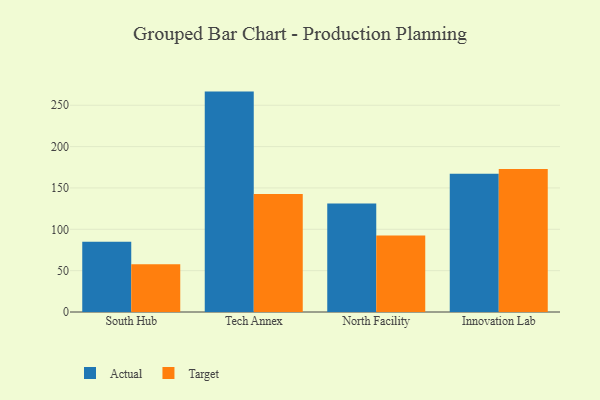
{"axis": {"x": "Campus", "y": "Waste Production (Tons)"}, "legend": ["Actual", "Target"], "data": [{"x": "South Hub", "y": 84.9, "type": "Actual"}, {"x": "South Hub", "y": 57.8, "type": "Target"}, {"x": "Tech Annex", "y": 266.5, "type": "Actual"}, {"x": "Tech Annex", "y": 142.6, "type": "Target"}, {"x": "North Facility", "y": 131.3, "type": "Actual"}, {"x": "North Facility", "y": 92.4, "type": "Target"}, {"x": "Innovation Lab", "y": 167.1, "type": "Actual"}, {"x": "Innovation Lab", "y": 172.8, "type": "Target"}]}